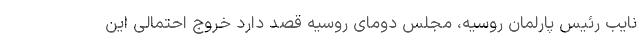
نایب رئیس پارلمان روسیه، مجلس دومای روسیه قصد دارد خروج احتمالی این